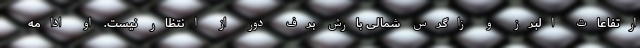
ارتفاعات البرز و زاگرس شمالی بارش برف دور از انتظار نیست. او ادامه